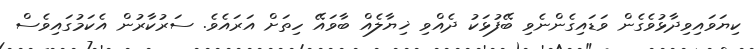
ކިޔަވައިވިދާޅުވެގެން ވަޑައިގެންނެވި ބޭފުޅަކު ދެއްވި ޚިޔާލެއް ބާވައޭ ހިތަށް އަރައެވެ. ސަރުކާރުން އެކަމުގައިވެސް